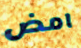
امض